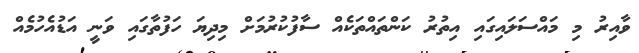
ވާއިރު މި މައްސަލައިގައި އިތުރު ކަންތައްތަކެއް ސާފުކުރުމަށް މިދިޔަ ހަފުތާގައި ވަނީ އަޑުއެހުމެއް